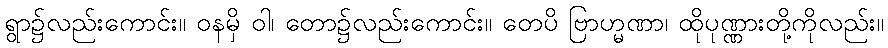
ရွာ၌လည်းကောင်း။ ဝနမှိ ဝါ၊ တော၌လည်းကောင်း။ တေပိ ဗြာဟ္မဏာ၊ ထိုပုဏ္ဏားတို့ကိုလည်း။